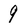
Character: 9